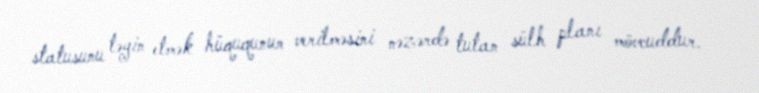
statusunu təyin etmək hüququnun verilməsini nəzərdə tutan sülh planı mövcuddur.